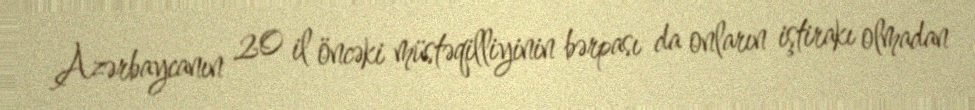
Azərbaycanın 20 il öncəki müstəqilliyinin bərpası da onların iştirakı olmadan